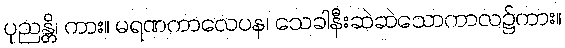
ပုညန္တိ၊ ကား။ မရဏကာလေပန၊ သေခါနီးဆဲဆဲသောကာလ၌ကား။